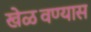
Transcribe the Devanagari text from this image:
खेळवण्यास